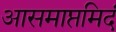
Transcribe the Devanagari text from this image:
आसमाप्तमिदं